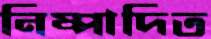
নিষ্পাদিত